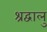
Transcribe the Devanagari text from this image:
श्रद्वालु